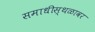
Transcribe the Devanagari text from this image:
समाधीस्थळावर